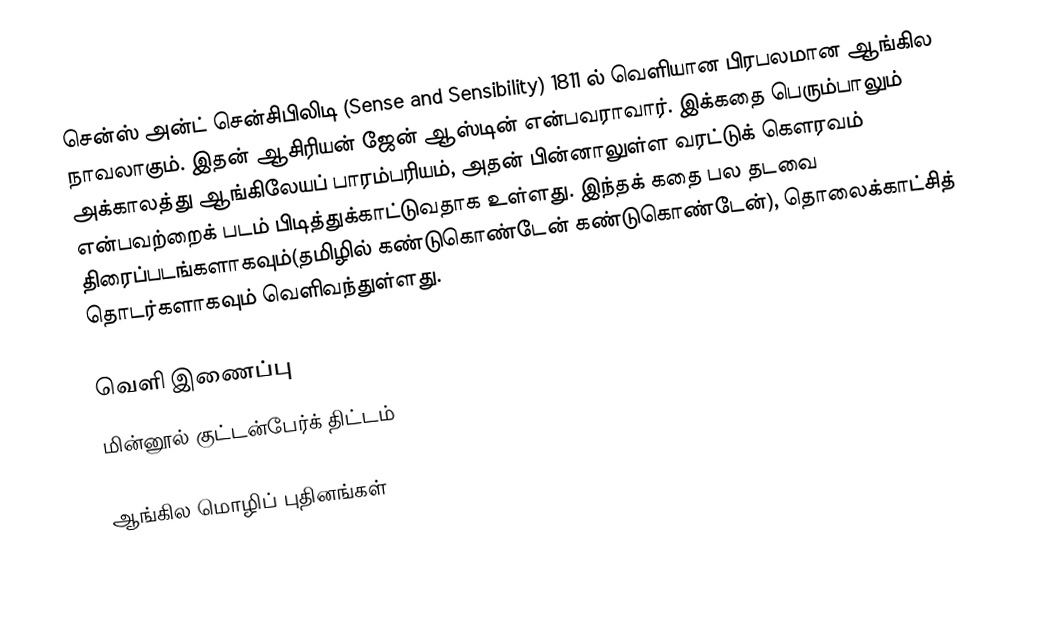
சென்ஸ் அன்ட் சென்சிபிலிடி (Sense and Sensibility) 1811 ல் வெளியான பிரபலமான ஆங்கில நாவலாகும். இதன் ஆசிரியன் ஜேன் ஆஸ்டின் என்பவராவார். இக்கதை பெரும்பாலும் அக்காலத்து ஆங்கிலேயப் பாரம்பரியம், அதன் பின்னாலுள்ள வரட்டுக் கெளரவம் என்பவற்றைக் படம் பிடித்துக்காட்டுவதாக உள்ளது. இந்தக் கதை பல தடவை திரைப்படங்களாகவும்(தமிழில் கண்டுகொண்டேன்  கண்டுகொண்டேன்), தொலைக்காட்சித் தொடர்களாகவும் வெளிவந்துள்ளது.

வெளி இணைப்பு
 மின்னூல் குட்டன்பேர்க் திட்டம்

ஆங்கில மொழிப் புதினங்கள்